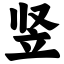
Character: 竖